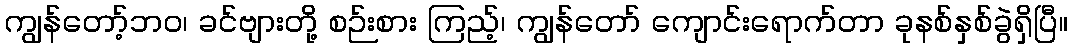
ကျွန်တော့်ဘဝ၊ ခင်ဗျားတို့ စဉ်းစား ကြည့်၊ ကျွန်တော် ကျောင်းရောက်တာ ခုနစ်နှစ်ခွဲရှိပြီ။